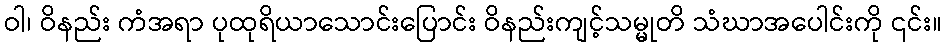
ဝါ၊ ဝိနည်း ကံအရာ ပုထုရိယာသောင်းပြောင်း ဝိနည်းကျင့်သမ္မုတိ သံဃာအပေါင်းကို ၎င်း။